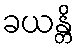
ခယန္တိ